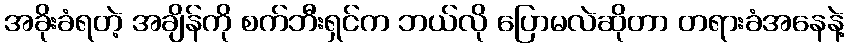
အခိုးခံရတဲ့ အချိန်ကို စက်ဘီးရှင်က ဘယ်လို ပြောမလဲဆိုတာ တရားခံအနေနဲ့